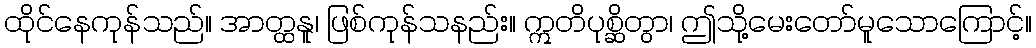
ထိုင်နေကုန်သည်။ အာတ္ထနူ၊ ဖြစ်ကုန်သနည်း။ ဣတိပုစ္ဆိတွာ၊ ဤသို့မေးတော်မူသောကြောင့်။